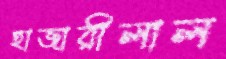
হাজারীলাল